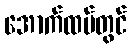
အောက်ထပ်တွင်